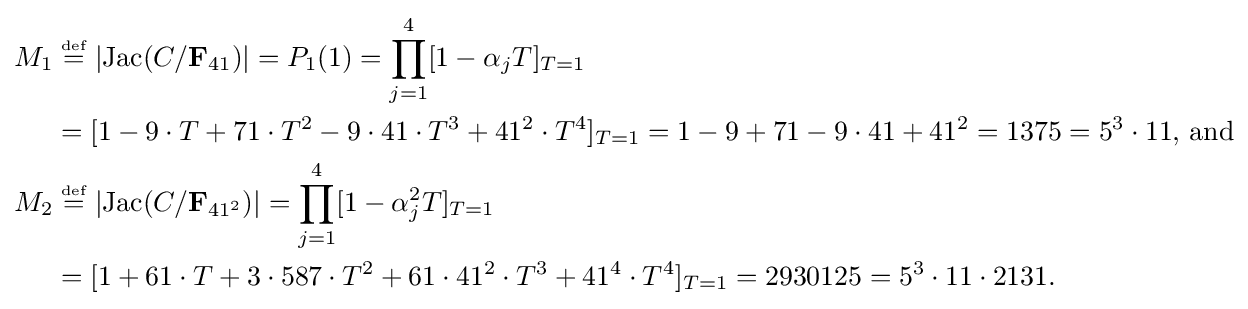
{\begin{alignedat}{2}M_{1}&\;{\overset {\underset {\mathrm {def} }{}}{=}}\;|{\text{Jac}}(C/{\bf {F}}_{41})|=P_{1}(1)=\prod _{j=1}^{4}[1-\alpha _{j}T]_{T=1}\\&=[1-9\cdot T+71\cdot T^{2}-9\cdot 41\cdot T^{3}+41^{2}\cdot T^{4}]_{T=1}=1-9+71-9\cdot 41+41^{2}=1375=5^{3}\cdot 11{\text{, and}}\\M_{2}&\;{\overset {\underset {\mathrm {def} }{}}{=}}\;|{\text{Jac}}(C/{\bf {F}}_{41^{2}})|=\prod _{j=1}^{4}[1-\alpha _{j}^{2}T]_{T=1}\\&=[1+61\cdot T+3\cdot 587\cdot T^{2}+61\cdot 41^{2}\cdot T^{3}+41^{4}\cdot T^{4}]_{T=1}=2930125=5^{3}\cdot 11\cdot 2131.\end{alignedat}}